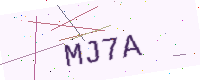
Text: MJ7A